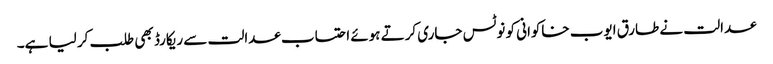
عدالت نے طارق ایوب خاکوانی کو نوٹس جاری کرتے ہوئے احتساب عدالت سے ریکارڈ بھی طلب کر لیا ہے۔